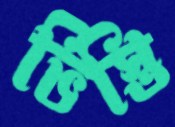
ভিস্তি